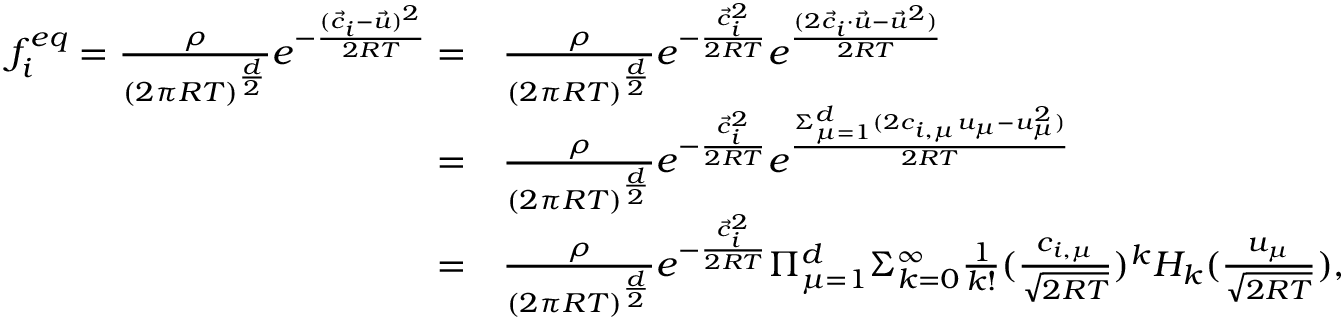
\begin{array} { r l } { f _ { i } ^ { e q } = \frac { \rho } { ( 2 \pi R T ) ^ { \frac { d } { 2 } } } e ^ { - \frac { ( \Vec { c } _ { i } - \Vec { u } ) ^ { 2 } } { 2 R T } } = } & { \frac { \rho } { ( 2 \pi R T ) ^ { \frac { d } { 2 } } } e ^ { - \frac { \Vec { c } _ { i } ^ { 2 } } { 2 R T } } e ^ { \frac { ( 2 \Vec { c } _ { i } \cdot \Vec { u } - \Vec { u } ^ { 2 } ) } { 2 R T } } } \\ { = } & { \frac { \rho } { ( 2 \pi R T ) ^ { \frac { d } { 2 } } } e ^ { - \frac { \Vec { c } _ { i } ^ { 2 } } { 2 R T } } e ^ { \frac { \Sigma _ { \mu = 1 } ^ { d } ( 2 c _ { i , \mu } u _ { \mu } - { u } _ { \mu } ^ { 2 } ) } { 2 R T } } } \\ { = } & { \frac { \rho } { ( 2 \pi R T ) ^ { \frac { d } { 2 } } } e ^ { - \frac { \Vec { c } _ { i } ^ { 2 } } { 2 R T } } \Pi _ { \mu = 1 } ^ { d } \Sigma _ { k = 0 } ^ { \infty } \frac { 1 } { k ! } ( \frac { c _ { i , \mu } } { \sqrt { 2 R T } } ) ^ { k } H _ { k } ( \frac { u _ { \mu } } { \sqrt { 2 R T } } ) , } \end{array}